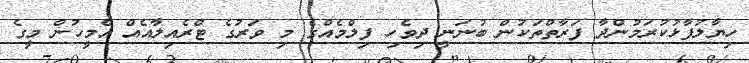
ހިޔާލުފާޅުކުރަމުންދާ ފަރާތްތަކުން ބުނަނީ ދިވެހި ފިލްމެއްގެ މި ވަރުގެ ޓްރެއިލާއެއް އެމީހުން މީގެ